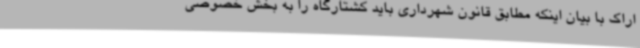
اراک با بیان اینکه مطابق قانون شهرداری باید کشتارگاه را به بخش خصوصی